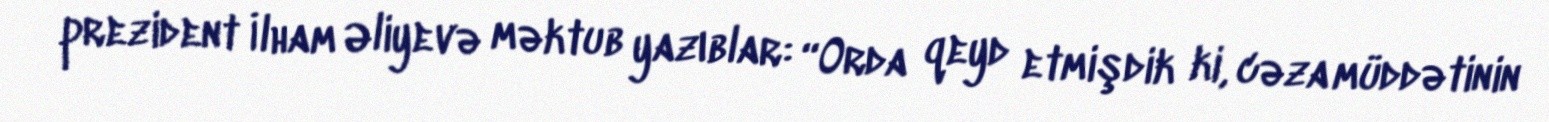
prezident İlham Əliyevə məktub yazıblar: “Orda qeyd etmişdik ki, cəza müddətinin